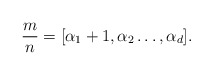
\begin{align*} \frac{m}{n}=[\alpha_1+1,\alpha_2\ldots,\alpha_d].\end{align*}